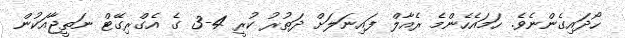
ހޯދައިގެންނެވެ. ހަމައެހެންމެ ރެއާލް ފައިނަލަށް ދަތުރު ކުރީ 4-3 ގެ އެގްރިގޭޓް ނަތީޖާއަކުން